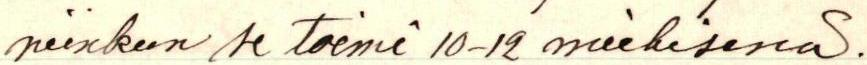
niinkun se toimi 10-12 miehisenä.